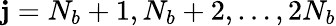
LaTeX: \mathbf{j}=N_{b}+1,N_{b}+2,\dots,2N_{b}